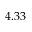
4 . 3 3